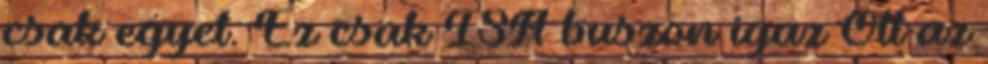
csak egyet. Ez csak ISA buszon igaz Ott az